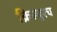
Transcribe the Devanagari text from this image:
क्रिस्चुरच